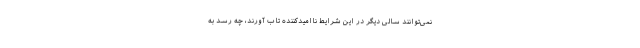
نمی‌توانند سالی دیگر در این شرایط ناامیدکننده تاب آورند، چه رسد به